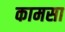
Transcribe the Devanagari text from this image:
कामसा